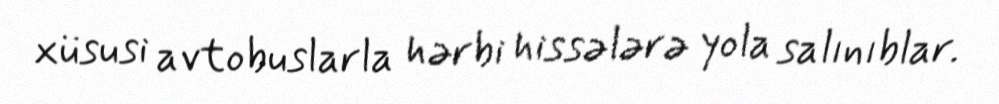
xüsusi avtobuslarla hərbi hissələrə yola salınıblar.